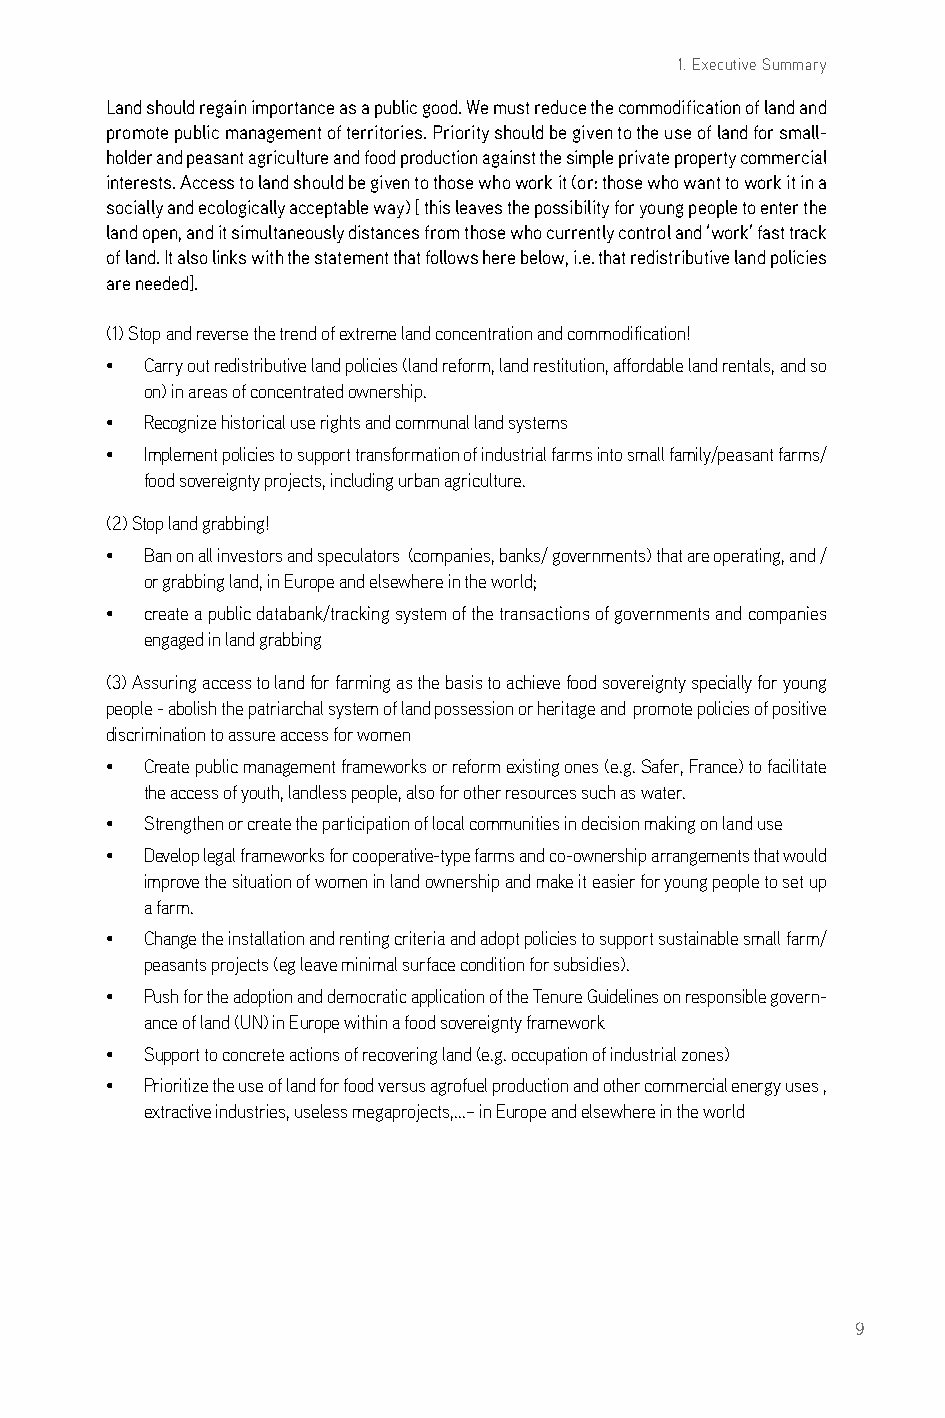
1. Executive Summary
 Land should regain importance as a public good. We must reduce the commodification of land and
 promote public management of territories. Priority should be given to the use of land for small-
 holder and peasant agriculture and food production against the simple private property commercial
 interests. Access to land should be given to those who work it (or: those who want to work it in a
 socially and ecologically acceptable way) [ this leaves the possibility for young people to enter the
 land open, and it simultaneously distances from those who currently control and ‘work’ fast track
 of land. It also links with the statement that follows here below, i.e. that redistributive land policies
 are needed].
 (1) stop and reverse the trend of extreme land concentration and commodification!
 •  carry out redistributive land policies (land reform, land restitution, affordable land rentals, and so
 on) in areas of concentrated ownership.
 •  recognize historical use rights and communal land systems
 •  implement policies to support transformation of industrial farms into small family/peasant farms/
 food sovereignty projects, including urban agriculture.
 (2) stop land grabbing!
 •  ban on all investors and speculators (companies, banks/ governments) that are operating, and /
 or grabbing land, in europe and elsewhere in the world;
 •  create a public databank/tracking system of the transactions of governments and companies
 engaged in land grabbing
 (3) assuring access to land for farming as the basis to achieve food sovereignty specially for young
 people - abolish the patriarchal system of land possession or heritage and promote policies of positive
 discrimination to assure access for women
 •  create public management frameworks or reform existing ones (e.g. safer, France) to facilitate
 the access of youth, landless people, also for other resources such as water.
 •  strengthen or create the participation of local communities in decision making on land use
 •  develop legal frameworks for cooperative-type farms and co-ownership arrangements that would
 improve the situation of women in land ownership and make it easier for young people to set up
 a farm.
 •  change the installation and renting criteria and adopt policies to support sustainable small farm/
 peasants projects (eg leave minimal surface condition for subsidies).
 •  Push for the adoption and democratic application of the Tenure guidelines on responsible govern-
 ance of land (Un) in europe within a food sovereignty framework
 •  support to concrete actions of recovering land (e.g. occupation of industrial zones)
 •  Prioritize the use of land for food versus agrofuel production and other commercial energy uses ,
 extractive industries, useless megaprojects,...– in europe and elsewhere in the world
 9